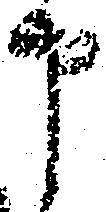
申